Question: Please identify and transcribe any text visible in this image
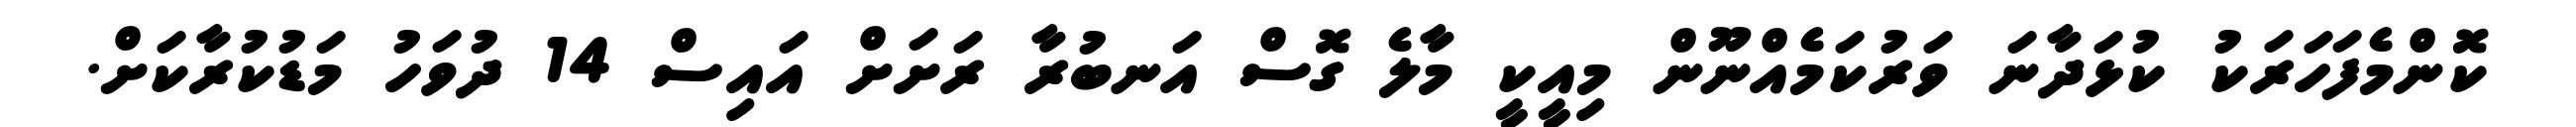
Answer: ކޮންމެފަހަރަކު ކުޅަދާނަ ވަރުކަމެއްނޫން މިއީކީ މާލެ ގޮސް އަނބުރާ ރަށަށް އައިސް 14 ދުވަހު މަޑުކުރާކަށް.